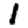
Digit: 1